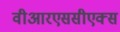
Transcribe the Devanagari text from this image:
वीआरएससीएक्स